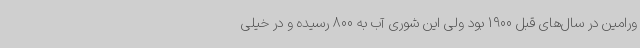
ورامین در سال‌های قبل 1900 بود ولی این شوری آب به 800 رسیده و در خیلی